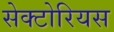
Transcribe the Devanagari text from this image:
सेक्टोरियस